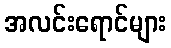
အလင်းရောင်များ